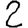
Digit: 2